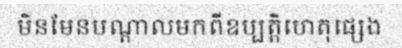
មិនមែនបណ្តាលមកពីឧប្បត្តិហេតុផ្សេង